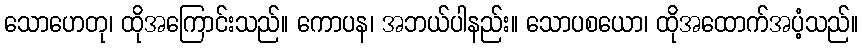
သောဟေတု၊ ထိုအကြောင်းသည်။ ကောပန၊ အဘယ်ပါနည်း။ သောပစယော၊ ထိုအထောက်အပံ့သည်။